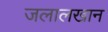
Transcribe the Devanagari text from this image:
जलालखान